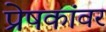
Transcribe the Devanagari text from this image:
प्रेषकांवर